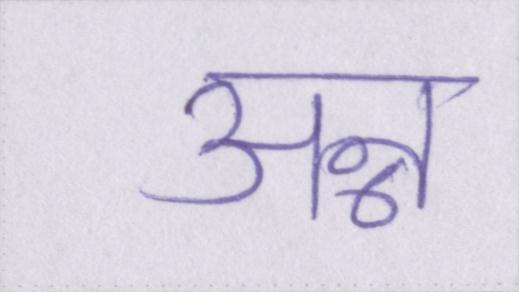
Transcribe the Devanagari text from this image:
अन्न